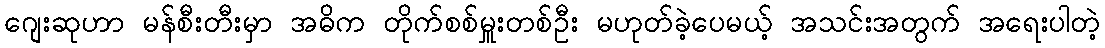
ဂျေးဆုဟာ မန်စီးတီးမှာ အဓိက တိုက်စစ်မှူးတစ်ဦး မဟုတ်ခဲ့ပေမယ့် အသင်းအတွက် အရေးပါတဲ့